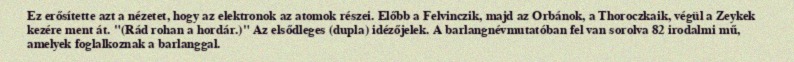
Ez erősítette azt a nézetet, hogy az elektronok az atomok részei. Előbb a Felvinczik, majd az Orbánok, a Thoroczkaik, végül a Zeykek kezére ment át. "(Rád rohan a hordár.)" Az elsődleges (dupla) idézőjelek. A barlangnévmutatóban fel van sorolva 82 irodalmi mű, amelyek foglalkoznak a barlanggal.